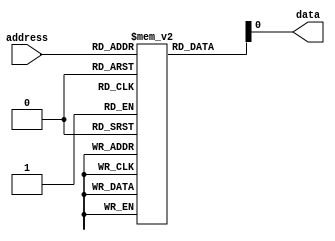
module PROM (
    input wire [7:0] address,
    output reg data
);

reg [7:0] memory [0:255];

always @(*) begin
    data = memory[address];
end

initial begin
    // Initialize memory with values based on manufacturing process
    // Code to set specific memory cells to certain values
end

endmodule